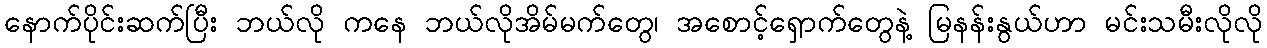
နောက်ပိုင်းဆက်ပြီး ဘယ်လို ကနေ ဘယ်လိုအိမ်မက်တွေ၊ အစောင့်ရှောက်တွေနဲ့ မြနန်းနွယ်ဟာ မင်းသမီးလိုလို